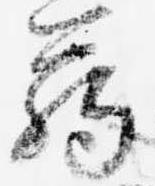
臈